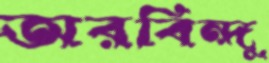
অরবিন্দু